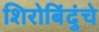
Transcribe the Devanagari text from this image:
शिरोबिंदुंचे